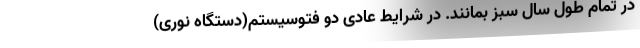
در تمام طول سال سبز بمانند. در شرایط عادی دو فتوسیستم(دستگاه نوری)